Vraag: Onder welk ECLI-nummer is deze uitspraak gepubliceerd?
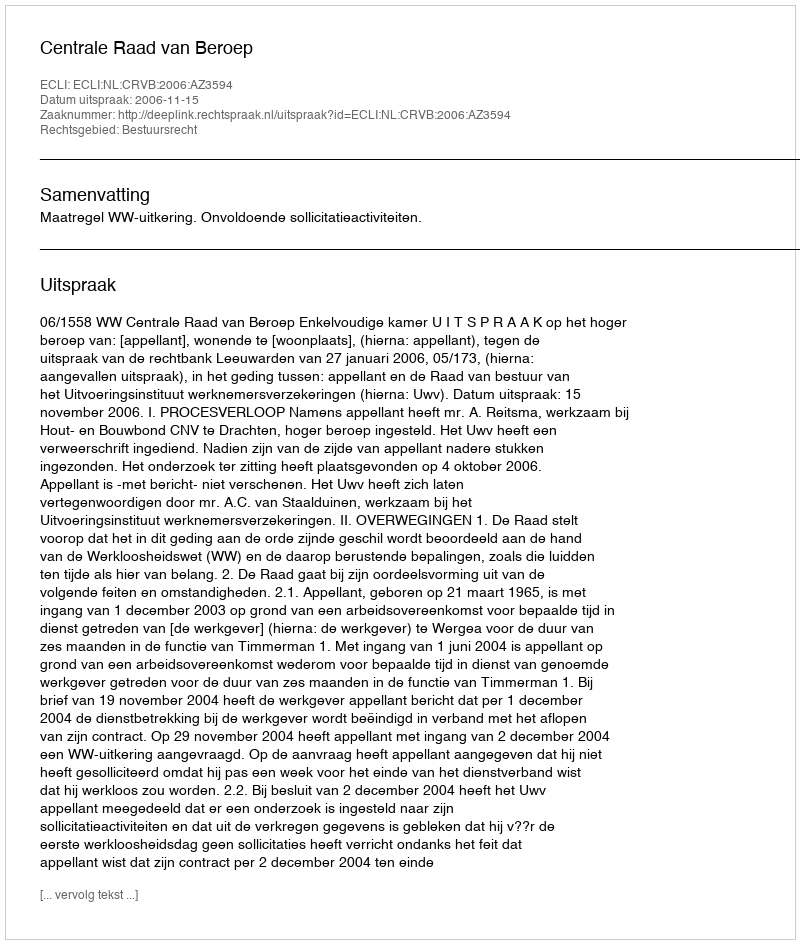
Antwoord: ECLI:NL:CRVB:2006:AZ3594